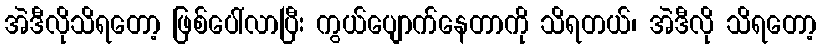
အဲဒီလိုသိရတော့ ဖြစ်ပေါ်လာပြီး ကွယ်ပျောက်နေတာကို သိရတယ်၊ အဲဒီလို သိရတော့